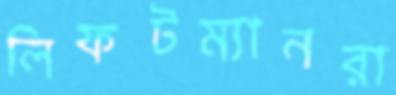
লিফটম্যানরা